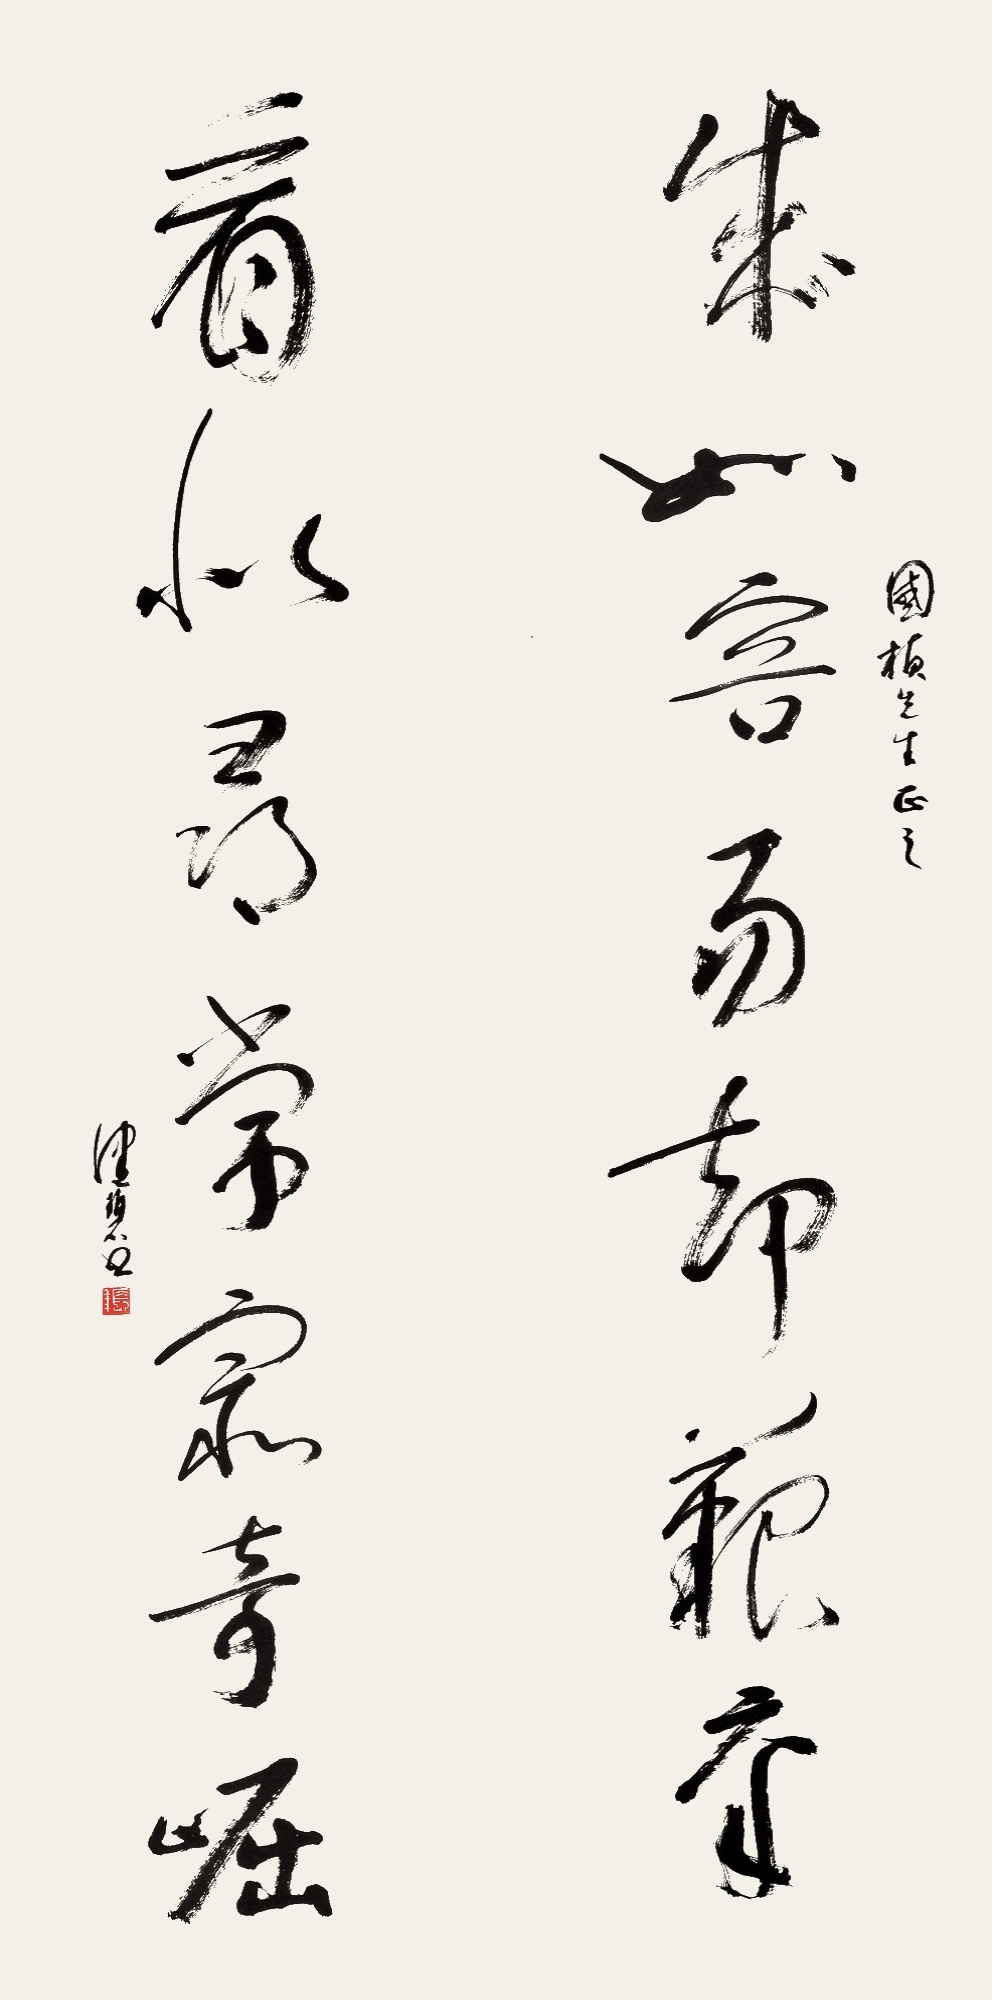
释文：成如容易却艰辛，看似寻常最奇崛。国桢先生正之，健碧书。